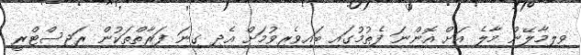
ވިލިމާލޭން މާލެ އަށް އޮންނަ ފެތުމުގައި ބައިވެރިވުމަށް އެދި ގިނަ ފަރާތްތަކުން ރަޖިސްޓްރީ